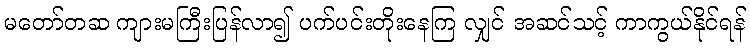
မတော်တဆ ကျားမကြီးပြန်လာ၍ ပက်ပင်းတိုးနေကြ လျှင် အဆင်သင့် ကာကွယ်နိုင်ရန်